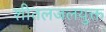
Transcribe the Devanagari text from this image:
शीतलजलयुक्त